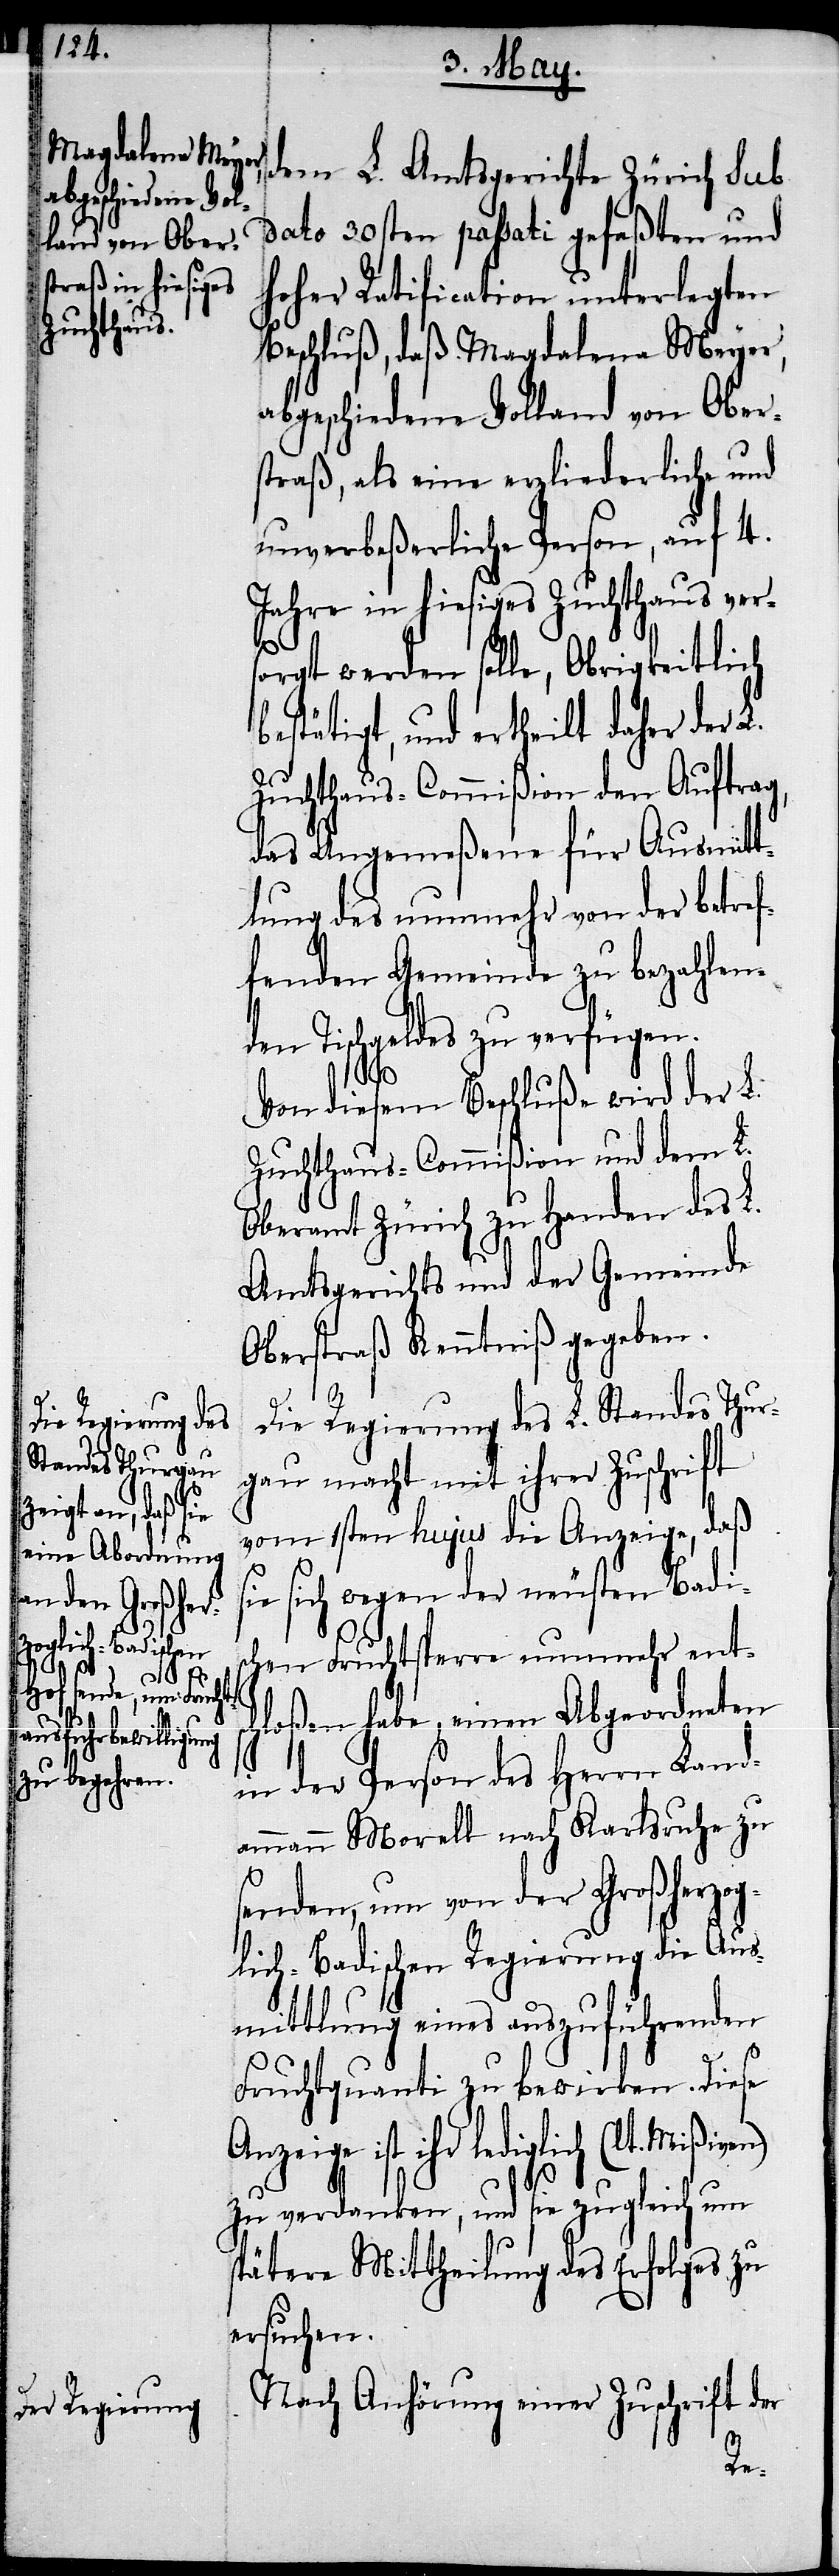
dato 30sten passati gefaßten und
hoher Ratification unterlegten
Beschluß, daß Magdalena Meyer,
abgeschiedene Volland von Ober¬
straß, als eine erzliederliche und
unverbeßerliche Person, auf 4.
Jahre in hiesiges Zuchthaus vers¬
orgt werden solle, Obrigkeitlich
bestätigt, und ertheilt daher der
Zuchthaus-Commißion den Auftrag,
das Angemeßene für Ausmitt¬
lung des nunmehr von der betref¬
fenden Gemeinde zu bezahlend¬
en Tischgeldes zu verfügen.
Von diesem Beschluße wird der L.
Zuchthaus-Commißion und dem L.
Oberamt Zürich zu Handen des L.
Amtsgerichtes und der Gemeinde
Oberstraß Kenntniß gegeben.
Die Regierung des L. Standes Thur¬
gau macht mit ihrer Zuschrift
vom 1sten hujus die Anzeige, daß
sie sich wegen der neusten Badi¬
schen Fruchtsperre nunmehr ent¬
sc¬
hloßen habe, einen Abgeordneten
in der Person des Herrn Land¬
ammann Morell nach Karlsruhe zu
senden, um von der Großherzog¬
lich-Badischen Regierung die Aus¬
mittlung eines auszuführenden
Fruchtquanti zu bewirken. Diese
lediglich (lt. Mißiven)
zu verdanken, und sie zugleich um
spätere Mittheilung des Erfolges zu
ersuchen.
Nach Anhörung einer Zuschrift der